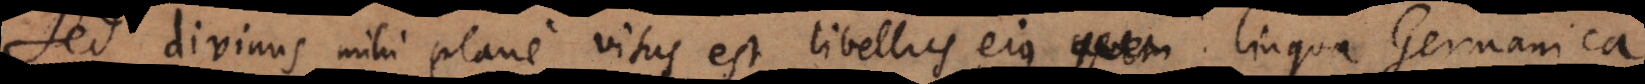
Sed divinus mihi plane visus est libellus ejus lingua Germanica